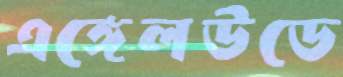
এঙ্গেলউডে